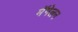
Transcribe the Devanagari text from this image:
मॅगेलन